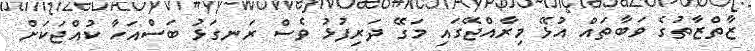
ޒާތްޒާތުގެ ވަބާތައް އުޅޭ މިރާއްޖޭގައި މަގޭ ދަރިފުޅު ވެސް ރަނގަޅު ބަސްއަހާ ކުއްޖަކަށް